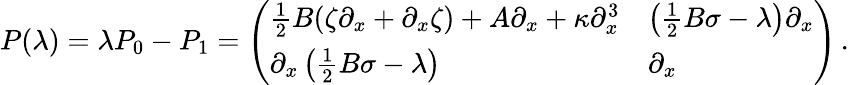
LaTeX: P(\lambda)=\lambda P_{0}-P_{1}=\left(\begin{array}{ll}{\frac 12B(\zeta\partial_{x}+\partial_{x}\zeta)+A\partial_{x}+\kappa\partial_{x}^{3}}&{\left(\frac 12B\sigma-\lambda\right)\partial_{x}}\\ {\partial_{x}\left(\frac 12B\sigma-\lambda\right)}&{\partial_{x}}\end{array}\right)\, .